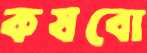
কষবো